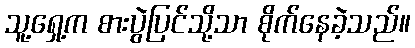
သူ့ရှေ့က စားပွဲပြင်သို့သာ စိုက်နေခဲ့သည်။